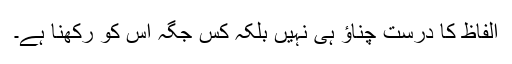
الفاظ کا درست چناؤ ہی نہیں بلکہ کس جگہ اس کو رکھنا ہے۔